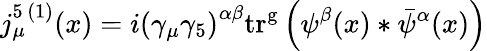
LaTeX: j_{\mu}^{5\, (1)}(x)=i\left(\gamma_{\mu}\gamma_{5}\right)^{\alpha\beta}\mathrm{tr^{g}}\left(\psi^{\beta}(x)*\bar{\psi}^{\alpha}(x)\right)